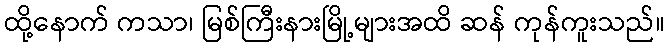
ထို့နောက် ကသာ၊ မြစ်ကြီးနားမြို့များအထိ ဆန် ကုန်ကူးသည်။